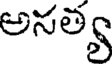
అనత్య